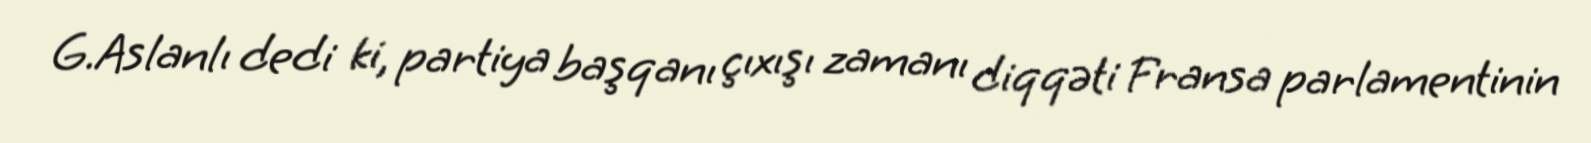
G.Aslanlı dedi ki, partiya başqanı çıxışı zamanı diqqəti Fransa parlamentinin